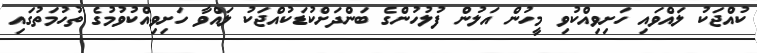
ކުއްޖަކު ލައްވައި ހަށިވިއްކުވި މީހުން އަލުން ފުލުހުންގެ ބަންދަށްކުޑަކުއްޖަކު ލައްވާ ހަށިވިއްކުވުމުގެ ތުހުމަތުގައި